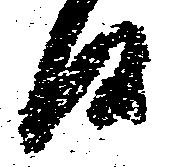
候